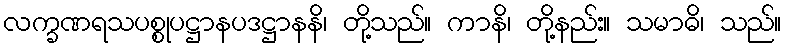
လက္ခဏရသပစ္စုပဋ္ဌာနပဒဋ္ဌာနနိ၊ တို့သည်။ ကာနိ၊ တို့နည်း။ သမာဓိ၊ သည်။